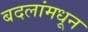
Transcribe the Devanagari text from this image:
बदलांमधून